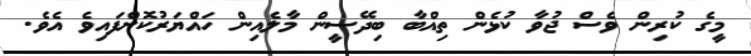
މީގެ ކުރިން ވެސް ޖުވާ ކުޅެން ތިއްބާ ބިދޭސީން މާލެއިން ހައްޔަރުކޮށްފައިވެ އެވެ.